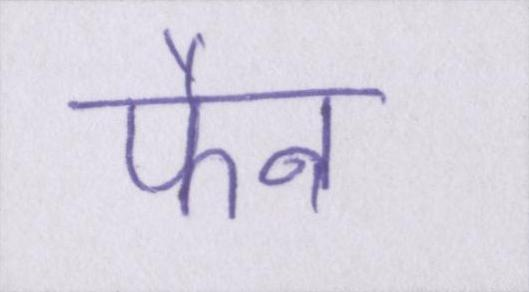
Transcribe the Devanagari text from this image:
फैन